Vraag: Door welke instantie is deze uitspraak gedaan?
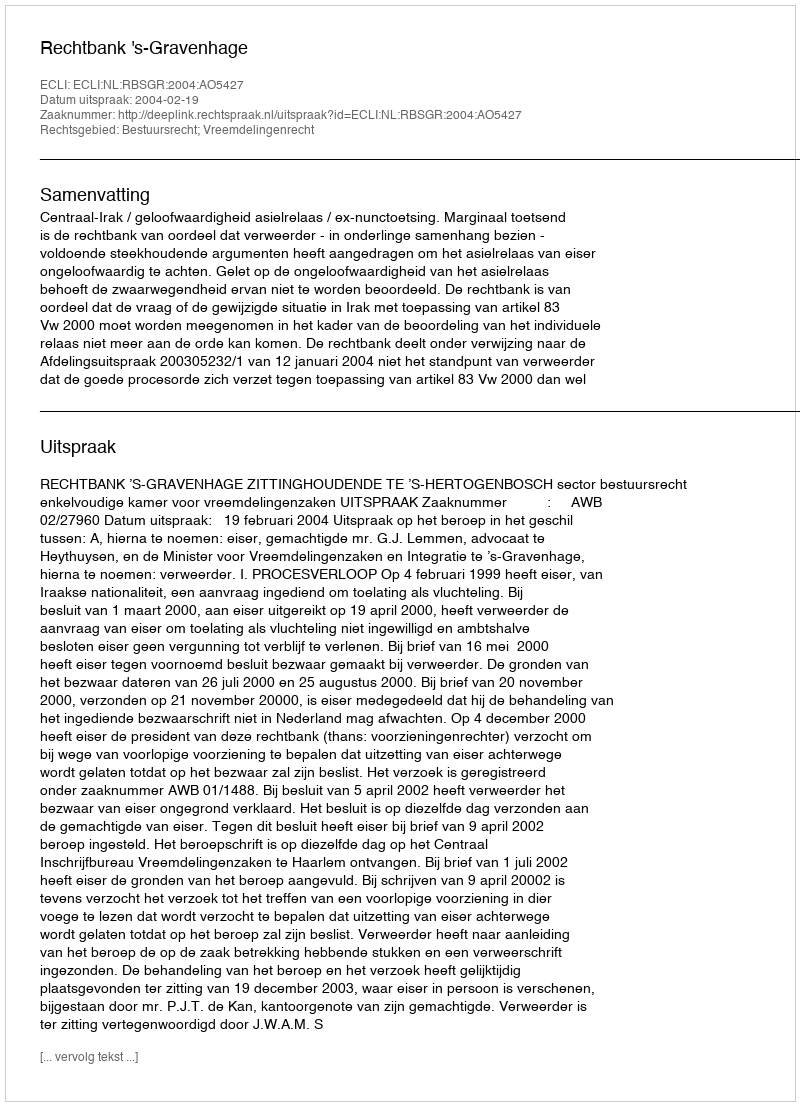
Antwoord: Rechtbank 's-Gravenhage